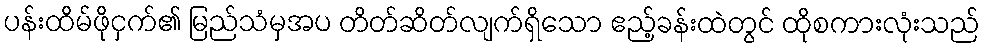
ပန်းထိမ်ဖိုငှက်၏ မြည်သံမှအပ တိတ်ဆိတ်လျက်ရှိသော ဧည့်ခန်းထဲတွင် ထိုစကားလုံးသည်